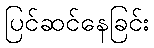
ပြင်ဆင်နေခြင်း